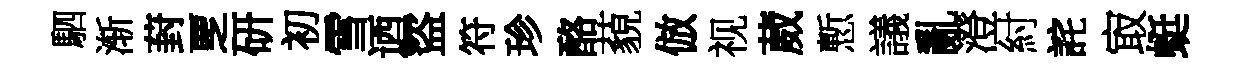
駟渐葑覂研初雪迺盜符珍酪藐倣视葳慙議亂澄紂詫㝡蜓